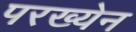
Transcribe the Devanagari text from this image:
परख्येन